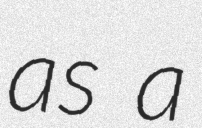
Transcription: as a